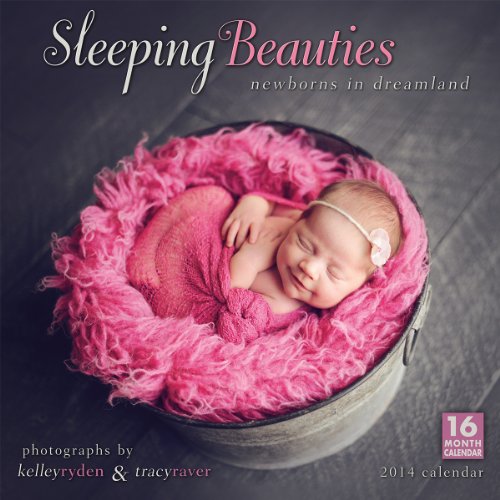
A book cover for Sleeping Beauties: Newborns in Dreamland 2014 Wall (calendar); Tracy Raver & Kelley Ryden; Arts & Photography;